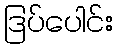
ဒြပ်ပေါင်း